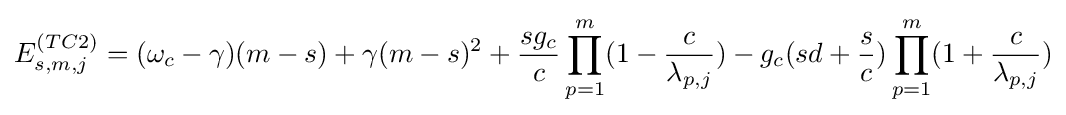
E_{s,m,j}^{(TC2)}=(\omega _{c}-\gamma )(m-s)+\gamma (m-s)^{2}+{\frac {sg_{c}}{c}}\prod _{p=1}^{m}(1-{\frac {c}{\lambda _{p,j}}})-g_{c}(sd+{\frac {s}{c}})\prod _{p=1}^{m}(1+{\frac {c}{\lambda _{p,j}}})